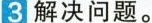
3、解决问题。